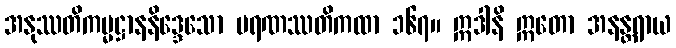
အနုဿတိကမ္မဋ္ဌာနနိဒ္ဒေသော မရဏဿတိကထာ ၁၆၇။ ဣဒါနိ ဣတော အနန္တရာယ